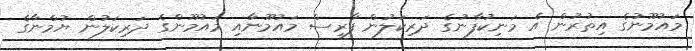
މައުމޫނުގެ އިތުރުން އެ މަނިކުފާނުގެ ދަރިކަލުން ފާރިސް މައުމޫނާއި މައުމޫންގެ ދަރިކަލުން ޔުމްނާގެ